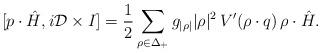
LaTeX: \begin{align*}[p\cdot\hat{H},i{\cal D}\times I]={1\over2}\sum_{\rho\in\Delta_+} {g_{|\rho|}|\rho|^{2}} \,V^\prime(\rho\cdot q)\,\rho\cdot\hat{H}.\end{align*}